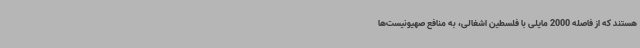
هستند که از فاصله 2000 مایلی با فلسطین اشغالی، به منافع صهیونیست‌ها